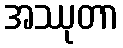
အဿုတာ